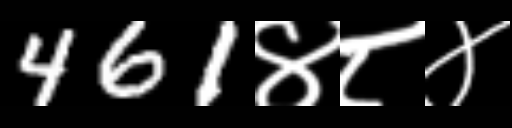
Text: 461४८४